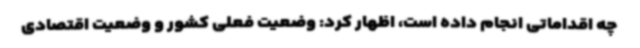
چه اقداماتی انجام داده است، اظهار کرد: وضعیت فعلی کشور و وضعیت اقتصادی